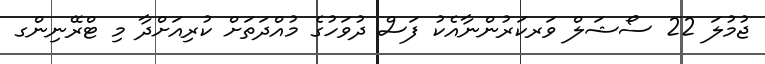
ޖުމުލަ 22 ސޯޝަލް ވަރކަރުންނާއެކު ފަސް ދުވަހުގެ މުއްދަތަށް ކުރިއަށްދާ މި ޓްރޭނިންގ